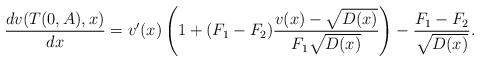
LaTeX: \begin{align*}\frac{dv(T(0,A),x)}{dx}=v'(x)\left(1+(F_{1}-F_{2})\frac{v(x)-\sqrt{D(x)}}{F_{1}\sqrt{D(x)}}\right)-\frac{F_{1}-F_{2}}{\sqrt{D(x)}}.\end{align*}